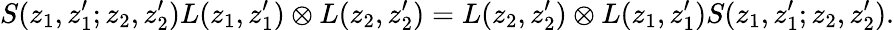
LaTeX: S(z_{1},z_{1}^{\prime};z_{2},z_{2}^{\prime})L(z_{1},z_{1}^{\prime})\otimes L(z_{2},z_{2}^{\prime})=L(z_{2},z_{2}^{\prime})\otimes L(z_{1},z_{1}^{\prime})S(z_{1},z_{1}^{\prime};z_{2},z_{2}^{\prime}).